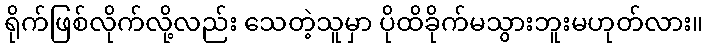
ရိုက်ဖြစ်လိုက်လို့လည်း သေတဲ့သူမှာ ပိုထိခိုက်မသွားဘူးမဟုတ်လား။